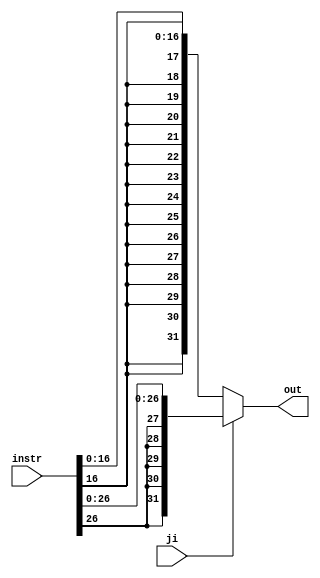
module sign_extender(input[31:0] instr, input ji, output[31:0] out);
    wire[4:0] op;
    wire [31:0] extend16, extend26;
    wire ji;
    assign extend16 = {{15{instr[16]}}, {instr[16:0]}};
    assign extend26 = {{5{instr[26]}}, {instr[26:0]}};
    assign out = ji ? extend26: extend16;

endmodule